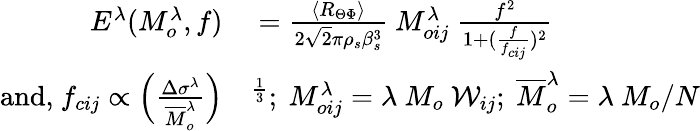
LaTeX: \begin{array}{rl}{E^{\lambda}(M_{o}^{\lambda},f)}&{{}=\frac{\langle R_{\Theta\Phi}\rangle}{2\sqrt{2}\pi\rho_{s}\beta_{s}^{3}}~M_{oij}^{\lambda}~\frac{f^{2}}{1+(\frac{f}{f_{cij}})^{2}}}\\ {\textnormal{and,}~f_{cij}\propto\Big(\frac{\Delta\sigma^{\lambda}}{\overline{{M}}_{o}^{\lambda}}\Big)}&{{}^{\frac{1}{3}};~M_{oij}^{\lambda}=\lambda~M_{o}~\mathcal{W}_{ij};~\overline{{M}}_{o}^{\lambda}=\lambda~M_{o}/N}\end{array}